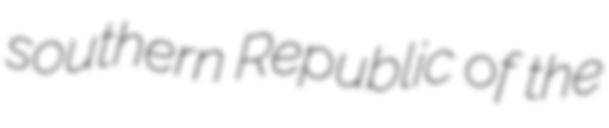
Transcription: southern Republic of the